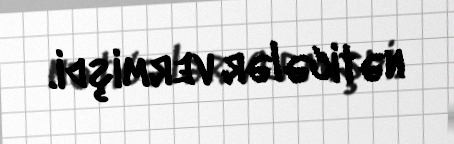
nəticələr vermişdi.